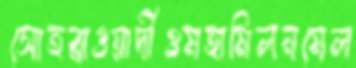
সোহরাওয়ার্দীওমহামিলনমেল